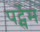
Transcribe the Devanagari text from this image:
पर्ट्सेम